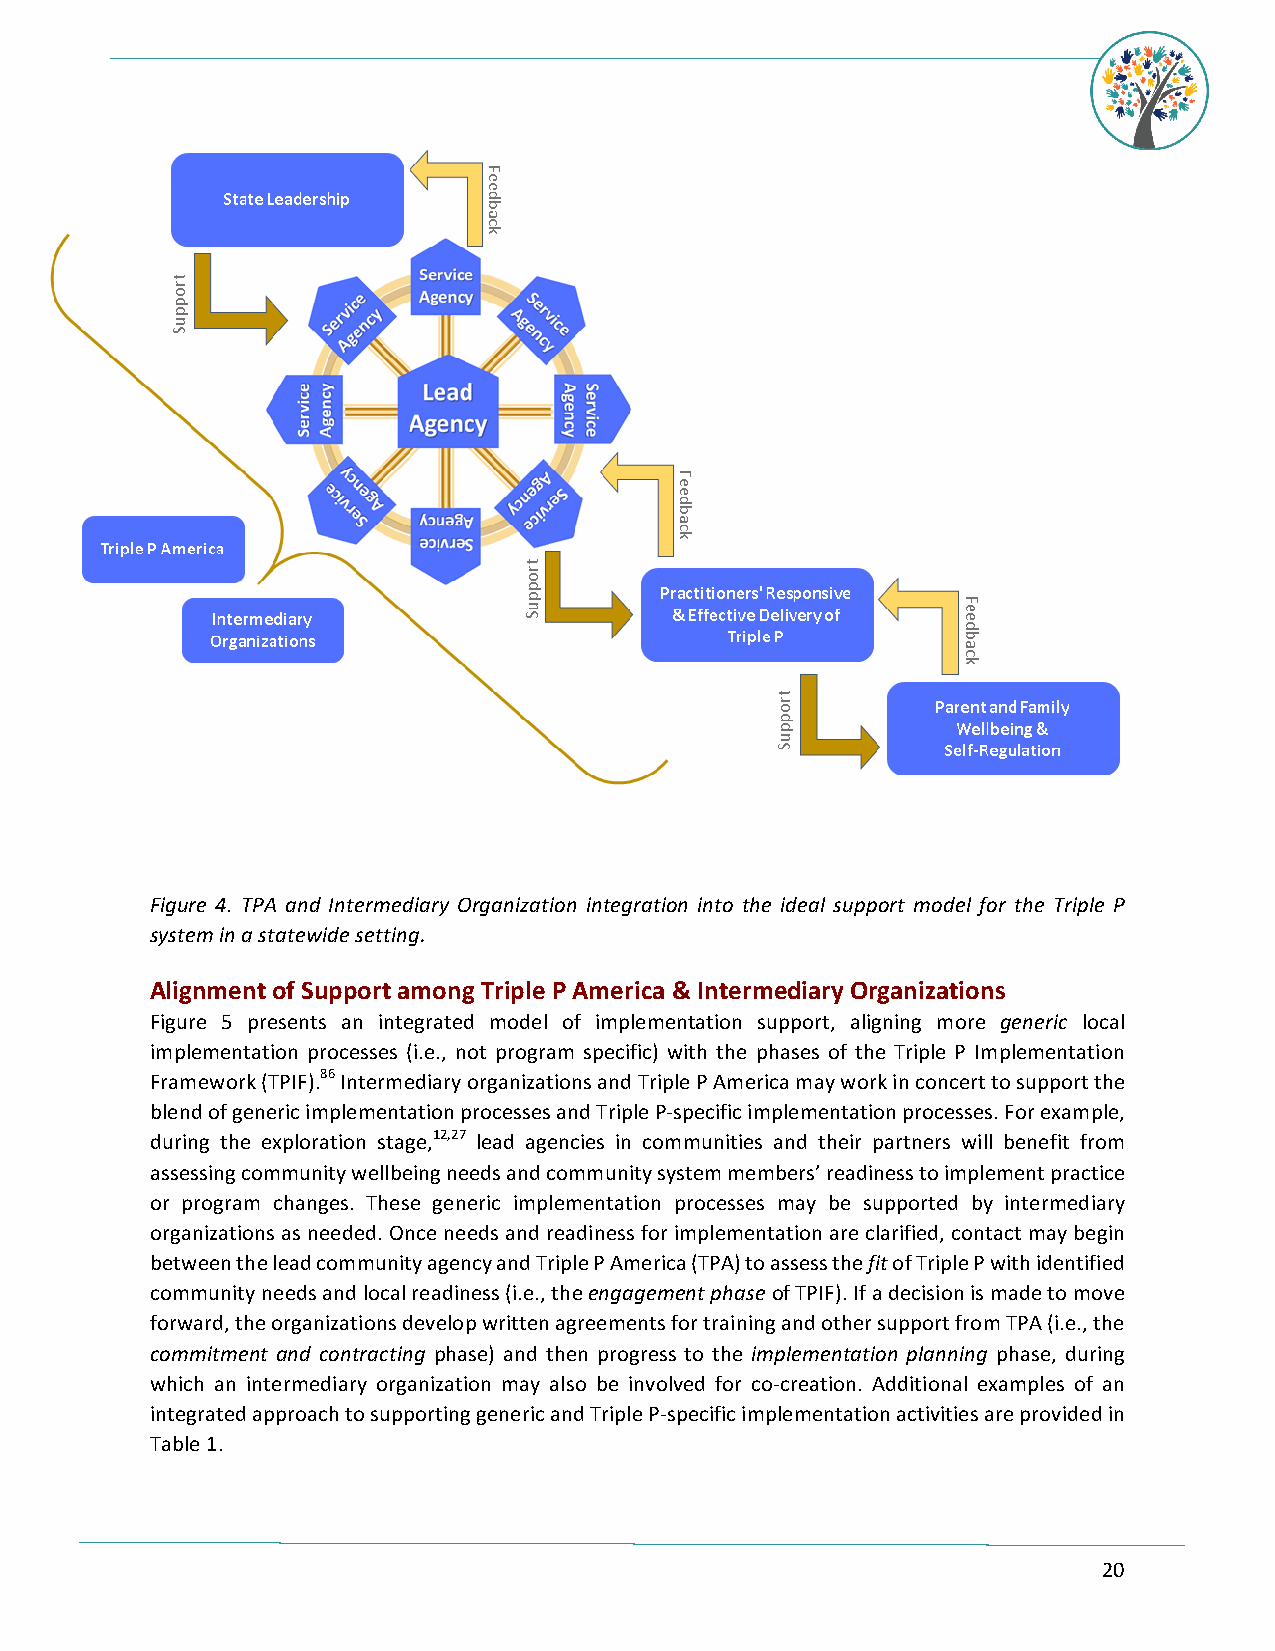
Figure 4. TPA and Intermediary Organization integration into the ideal support model for the Triple P
 system in a statewide setting.
 Alignment of Support among Triple P America & Intermediary Organizations
 Figure 5 presents an integrated model of implementation support, aligning more generic local
 implementation processes (i.e., not program specific) with the phases of the Triple P Implementation
 Framework (TPIF).86 Intermediary organizations and Triple P America may work in concert to support the
 blend of generic implementation processes and Triple P-specific implementation processes. For example,
 during the exploration stage,12,27 lead agencies in communities and their partners will benefit from
 assessing community wellbeing needs and community system members’ readiness to implement practice
 or program changes. These generic implementation processes may be supported by intermediary
 organizations as needed. Once needs and readiness for implementation are clarified, contact may begin
 between the lead community agency and Triple P America (TPA) to assess the fit of Triple P with identified
 community needs and local readiness (i.e., the engagement phase of TPIF). If a decision is made to move
 forward, the organizations develop written agreements for training and other support from TPA (i.e., the
 commitment and contracting phase) and then progress to the implementation planning phase, during
 which an intermediary organization may also be involved for co-creation. Additional examples of an
 integrated approach to supporting generic and Triple P-specific implementation activities are provided in
 Table 1.
 20